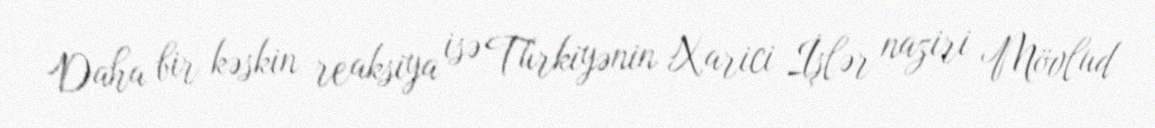
Daha bir kəskin reaksiya isə Türkiyənin Xarici İşlər naziri Mövlud